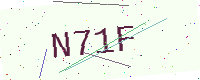
Text: N71F